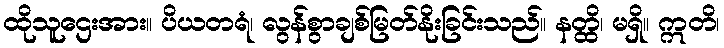
ထိုသူဌေးအား။ ပိယတရံ၊ လွန်စွာချစ်မြတ်နိုးခြင်းသည်။ နတ္ထိ၊ မရှိ။ ဣတိ၊